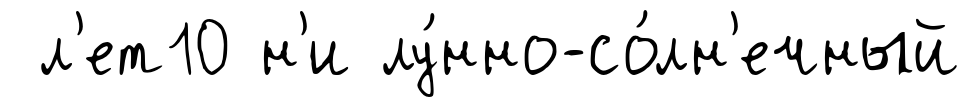
л'ет10 н'и лу́нно-со́лн'ечный